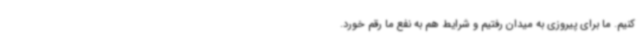
کنیم. ما برای پیروزی به میدان رفتیم و شرایط هم به نفع ما رقم خورد.